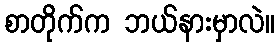
စာတိုက်က ဘယ်နားမှာလဲ။